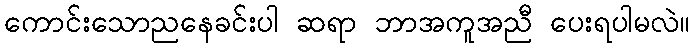
ကောင်းသောညနေခင်းပါ ဆရာ ဘာအကူအညီ ပေးရပါမလဲ။